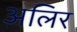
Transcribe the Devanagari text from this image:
अलिर